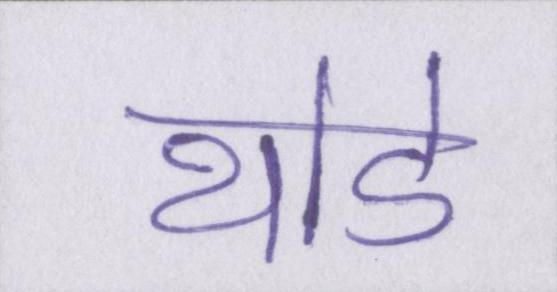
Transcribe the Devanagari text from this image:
थोडे